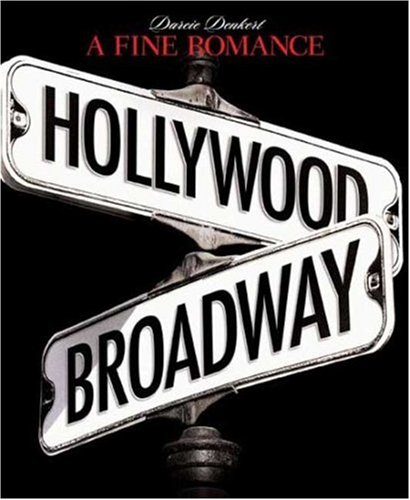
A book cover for A Fine Romance: Hollywood/Broadway (The Magic. The Mahem. The Musicals.); Darcie Denkert; Humor & Entertainment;